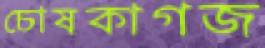
চোষকাগজ